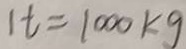
1 t = 1 0 0 0 k g